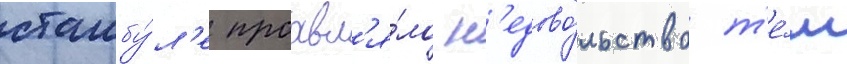
стамбу́л'е проавл'я́ло н'едово́льство т'е́м